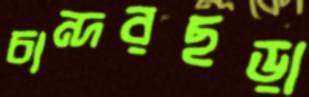
চান্দরছড়া